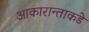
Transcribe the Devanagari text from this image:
आकारान्ताकडे